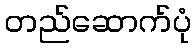
တည်ဆောက်ပုံ